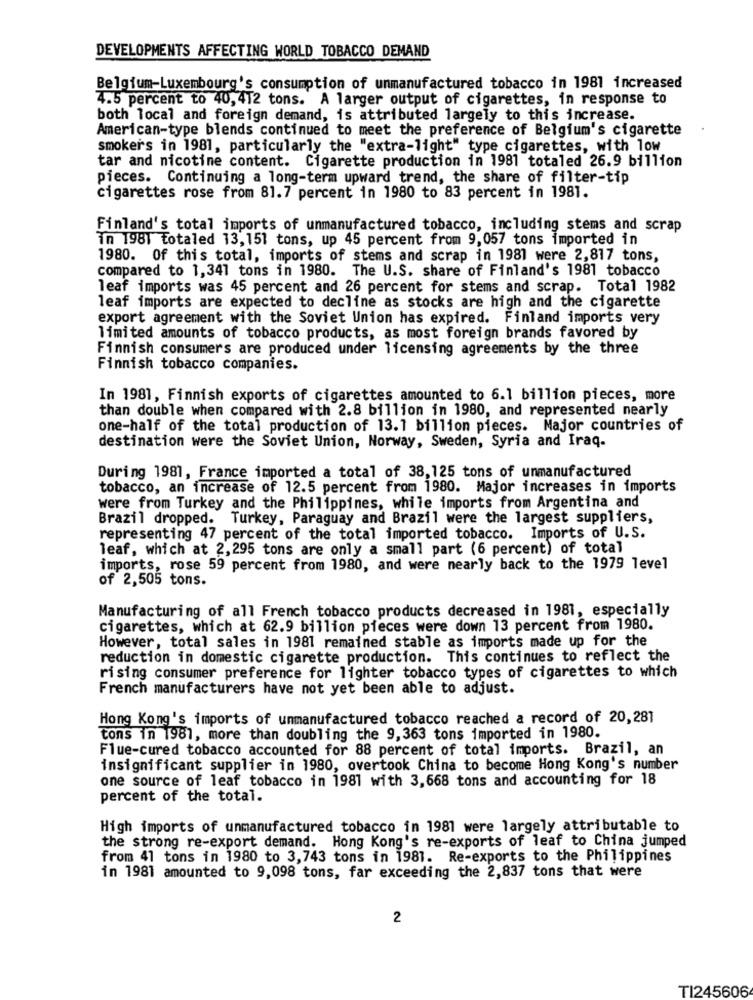
DEVELOPMENTS AFFECTING WORLD TOBACCO DEMAND
Belgium-Luxembourg's consumption of unmanufactured tobacco in 1981 increased
4.5 percent to 40,412 tons. A larger output of cigarettes, in response to
both local and foreign demand, is attributed largely to this increase.
American-type blends continued to meet the preference of Belgium's cigarette
smokers in 1981, particularly the "extra-light" type cigarettes, with low
tar and nicotine content. Cigarette production in 1981 totaled 26.9 billion
pieces. Continuing a long-term upward trend, the share of filter-tip
cigarettes rose from 81.7 percent in 1980 to 83 percent in 1981.
Finland's total imports of unmanufactured tobacco, including stems and scrap
In 1981 totaled 13,151 tons, up 45 percent from 9,057 tons imported in
1980. Of this total, imports of stems and scrap in 1981 were 2,817 tons,
compared to 1,341 tons in 1980. The U.S. share of Finland's 1981 tobacco
leaf imports was 45 percent and 26 percent for stems and scrap. Total 1982
leaf imports are expected to decline as stocks are high and the cigarette
export agreement with the Soviet Union has expired. Finland imports very
limited amounts of tobacco products, as most foreign brands favored by
Finnish consumers are produced under licensing agreements by the three
Finnish tobacco companies.
In 1981, Finnish exports of cigarettes amounted to 6.1 billion pieces, more
than double when compared with 2.8 billion in 1980, and represented nearly
one-half of the total production of 13.1 billion pieces. Major countries of
destination were the Soviet Union, Norway, Sweden, Syria and Iraq.
During 1981, France imported a total of 38,125 tons of unmanufactured
tobacco, an increase of 12.5 percent from 1980. Major increases in imports
were from Turkey and the Philippines, while imports from Argentina and
Brazil dropped. Turkey, Paraguay and Brazil were the largest suppliers,
representing 47 percent of the total imported tobacco. Imports of U.S.
leaf, which at 2, 295 tons are only a small part (6 percent) of total
imports, rose 59 percent from 1980, and were nearly back to the 1979 level
of 2,505 tons.
Manufacturing of all French tobacco products decreased in 1981, especially
cigarettes, which at 62.9 billion pieces were down 13 percent from 1980.
However, total sales in 1981 remained stable as imports made up for the
reduction in domestic cigarette production. This continues to reflect the
rising consumer preference for lighter tobacco types of cigarettes to which
French manufacturers have not yet been able to adjust.
Hong Kong's imports of unmanufactured tobacco reached a record of 20,281
tons in 1981, more than doubling the 9,363 tons imported in 1980.
Flue-cured tobacco accounted for 88 percent of total imports. Brazil, an
insignificant supplier in 1980, overtook China to become Hong Kong's number
one source of leaf tobacco in 1981 with 3,668 tons and accounting for 18
percent of the total.
High imports of unmanufactured tobacco in 1981 were largely attributable to
the strong re-export demand. Hong Kong's re-exports of leaf to China jumped
from 41 tons in 1980 to 3,743 tons in 1981. Re-exports to the Philippines
in 1981 amounted to 9,098 tons, far exceeding the 2,837 tons that were
2
TI245606